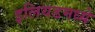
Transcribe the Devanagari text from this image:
इलियडमध्ये